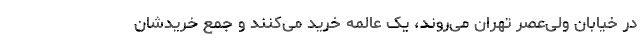
در خیابان ولی‌عصر تهران می‌روند، یک عالمه خرید می‌کنند و جمع خریدشان